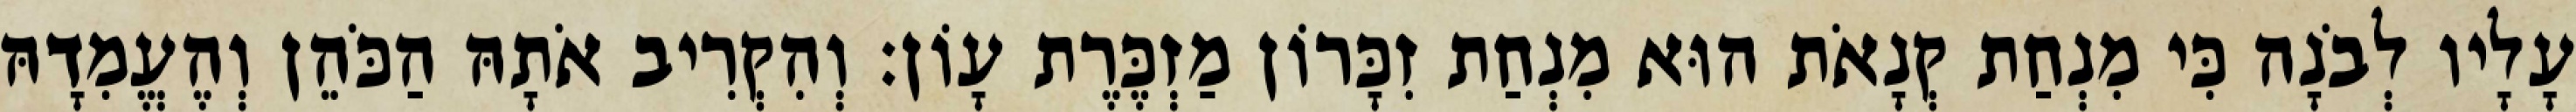
עָלָיו לְבֹנָה כִּי מִנְחַת קְנָאֹת הוּא מִנְחַת זִכָּרוֹן מַזְכֶּרֶת עָוֹן׃ וְהִקְרִיב אֹתָהּ הַכֹּהֵן וְהֶעֱמִדָהּ